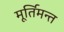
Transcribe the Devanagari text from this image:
मूर्तिमन्त